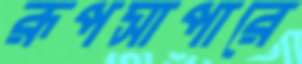
রূপসাপারে